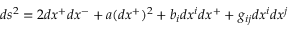
d s ^ { 2 } = 2 d x ^ { + } d x ^ { - } + a ( d x ^ { + } ) ^ { 2 } + b _ { i } d x ^ { i } d x ^ { + } + g _ { i j } d x ^ { i } d x ^ { j }